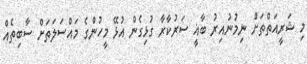
މި ޝަރީއަތްތަށް ނިމުނުއިރު ބާޣީ ސަރުކާރާ ގުޅިގެން އުޅޭ މީހުންގެ މައްސަލަތަށް ސާބިތެއް